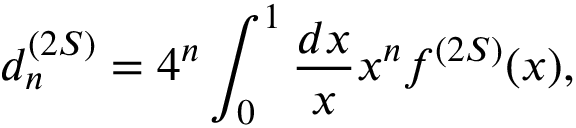
d _ { n } ^ { ( 2 S ) } = 4 ^ { n } \int _ { 0 } ^ { 1 } \frac { d x } { x } x ^ { n } f ^ { ( 2 S ) } ( x ) ,